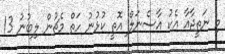
މި ނަތީޖާއާ އެކު އާސެނަލް އޮތީ ކުޅުނު ހަތް މެޗުން ލިބުނު 13